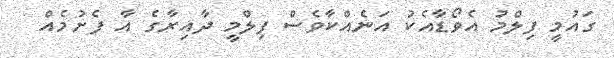
ގައުމީ ފިލްމު އެވޯޑާއެކު އަނެއްކާވެސް ފިލްމީ ދާއިރާގެ އާ ފެށުމެއް